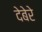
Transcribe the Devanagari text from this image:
देबेरे